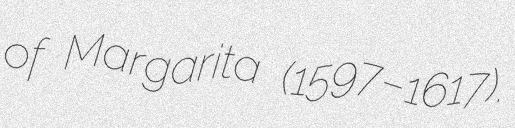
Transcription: of Margarita (1597–1617).